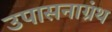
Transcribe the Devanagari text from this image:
उपासनाग्रंथ